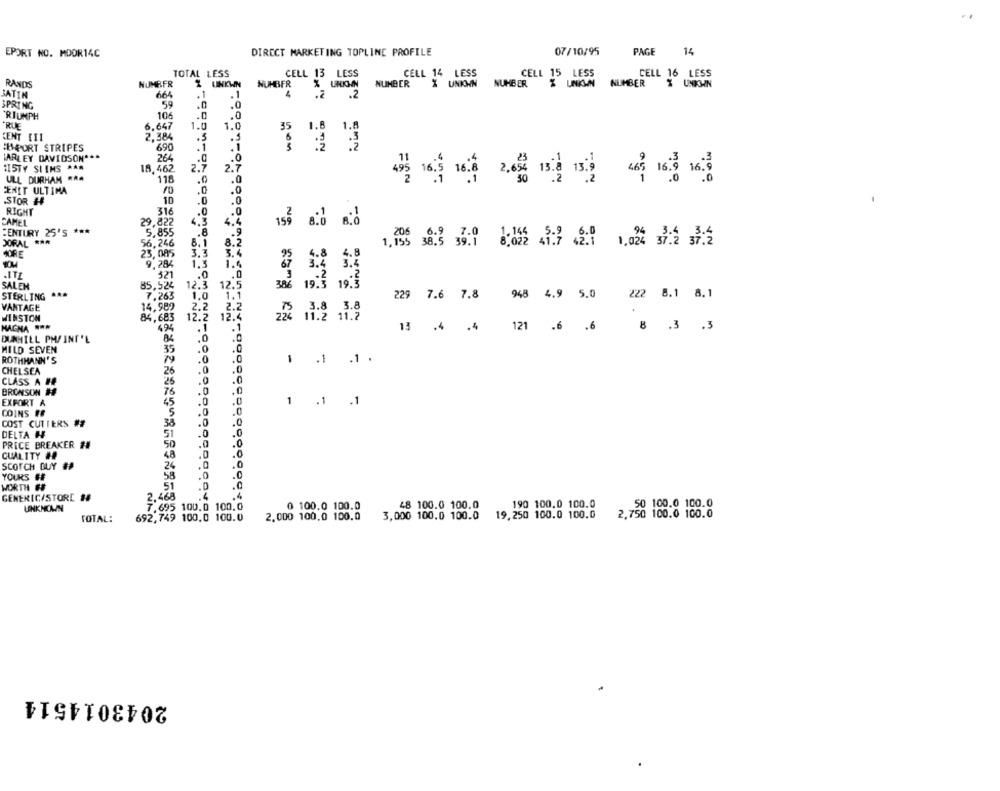
EPORT NO. MDOR14C
DIRECT MARKETING TOPLINE PROFILE
07/10/95
PAGE
14
TOTAL LESS
CELL 13 LESS
CELL 14 LESS
CELL 15 LESS
CELL 16 LESS
RANDS
NUMBER
% UNKWN
NUMBER
NUMBER
% UNKOWN
NUMBER
NUMBER
ZUMIHN
SATIN
664
.1
.1
4
59
.2 .2
SPRING
.0
TRIUMPH
106
"RUE
6.647
1.0
1.0
35
1.8 1.8
CENT [II
2,384
.3
EMSPORT STRIPES
690
.1
13 3
HARLEY DAVIDSON ***
264
.0
.0
:ISTY SLIMS ***
18,462.
2.7
2.7
ULL DURHAM RRA
118
.0
.0
10-
×2
-
CENIT ULTIMA
10
.0
.0
.STOR H
10
.0
.0
RIGHT
316
.0
.0
NO
CAMEL
29,822
4,3
4.4
CENTURY 25'S ***
5,855
.8
.9
DORAL ***
56,246
8.1
8.2
1.95 33 %0
GORE
23,085
3.3
3.4
4.8
9,28%
1.3
1.4
521
.0
.0
SALEN
85,524
12.3
12.5
386 19:3
STERLING ***
7.263
19:3
1.1
229 7.6 7.8 948 4.9 5.0 222 8.1 8. 1
VANTAGE
14,989
2.
2.2
3.8
84,683
12.4
WINSTON
22% 11:2 11.2
121
MAGNA ***
494
.1
.1
13 .4 .4
.6 .6
8 .3 .3
DUNHILL PM/INT'L
.0
.0
MILD SEVEN
35
.0
.0
ROTHMANN'S
79
.0
.0
1. ..
CHELSEA
26
.0
.0
26
.0
CLASS A BE
BRONSON #
76
,0
EXPORT A
45
.0
.0
1 .1 .1
5
COINS ES
.0
COST CUTTERS ##
38
.0
.0
DELTA H
.0
.0
.0
.0
PRICE BREAKER ##
50
QUALITY #
48
.0
.0
SCOTCH GUY #
24
.0
.0
.0
.0
YOURS ##
WORTH FF
.D
.0
GENERIC/STORE ##
2,468
7.695 100.0 100.0
0 100.0 100.0
48 100.0 100.0
190 100.0 100.0
50 100.0 100.0
UNKNOWN
19,250 100.0 100.0
2,750 100.0 100.0
TOTAL:
692,749 100,0 100.0
2.000 100,0 100.0
3,000 100.0 100.0
2043014514